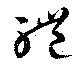
体